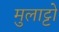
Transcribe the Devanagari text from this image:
मुलाट्टो